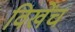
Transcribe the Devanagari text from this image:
विखेंचं